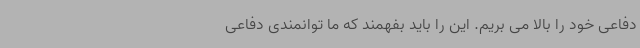
دفاعی خود را بالا می بریم. این را باید بفهمند که ما توانمندی دفاعی